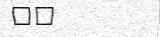
٦٥